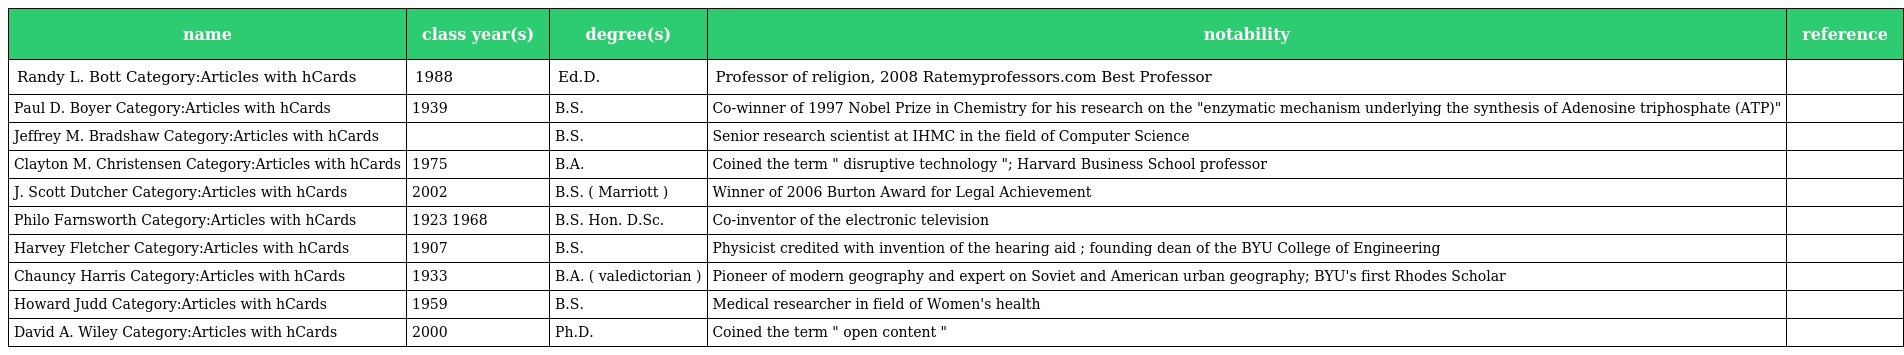
| name | class year(s) | degree(s) | notability | reference |
 | --- | --- | --- | --- | --- |
 | Randy L. Bott Category:Articles with hCards | 1988 | Ed.D. | Professor of religion, 2008 Ratemyprofessors.com Best Professor |  |
 | Paul D. Boyer Category:Articles with hCards | 1939 | B.S. | Co-winner of 1997 Nobel Prize in Chemistry for his research on the "enzymatic mechanism underlying the synthesis of Adenosine triphosphate (ATP)" |  |
 | Jeffrey M. Bradshaw Category:Articles with hCards |  | B.S. | Senior research scientist at IHMC in the field of Computer Science |  |
 | Clayton M. Christensen Category:Articles with hCards | 1975 | B.A. | Coined the term " disruptive technology "; Harvard Business School professor |  |
 | J. Scott Dutcher Category:Articles with hCards | 2002 | B.S. ( Marriott ) | Winner of 2006 Burton Award for Legal Achievement |  |
 | Philo Farnsworth Category:Articles with hCards | 1923 1968 | B.S. Hon. D.Sc. | Co-inventor of the electronic television |  |
 | Harvey Fletcher Category:Articles with hCards | 1907 | B.S. | Physicist credited with invention of the hearing aid ; founding dean of the BYU College of Engineering |  |
 | Chauncy Harris Category:Articles with hCards | 1933 | B.A. ( valedictorian ) | Pioneer of modern geography and expert on Soviet and American urban geography; BYU's first Rhodes Scholar |  |
 | Howard Judd Category:Articles with hCards | 1959 | B.S. | Medical researcher in field of Women's health |  |
 | David A. Wiley Category:Articles with hCards | 2000 | Ph.D. | Coined the term " open content " |  |